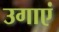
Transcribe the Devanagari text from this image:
उगाएं